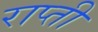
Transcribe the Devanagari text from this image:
राप्‍ती